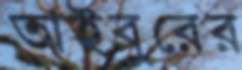
তাইবুরের